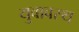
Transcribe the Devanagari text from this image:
युवावस्थ